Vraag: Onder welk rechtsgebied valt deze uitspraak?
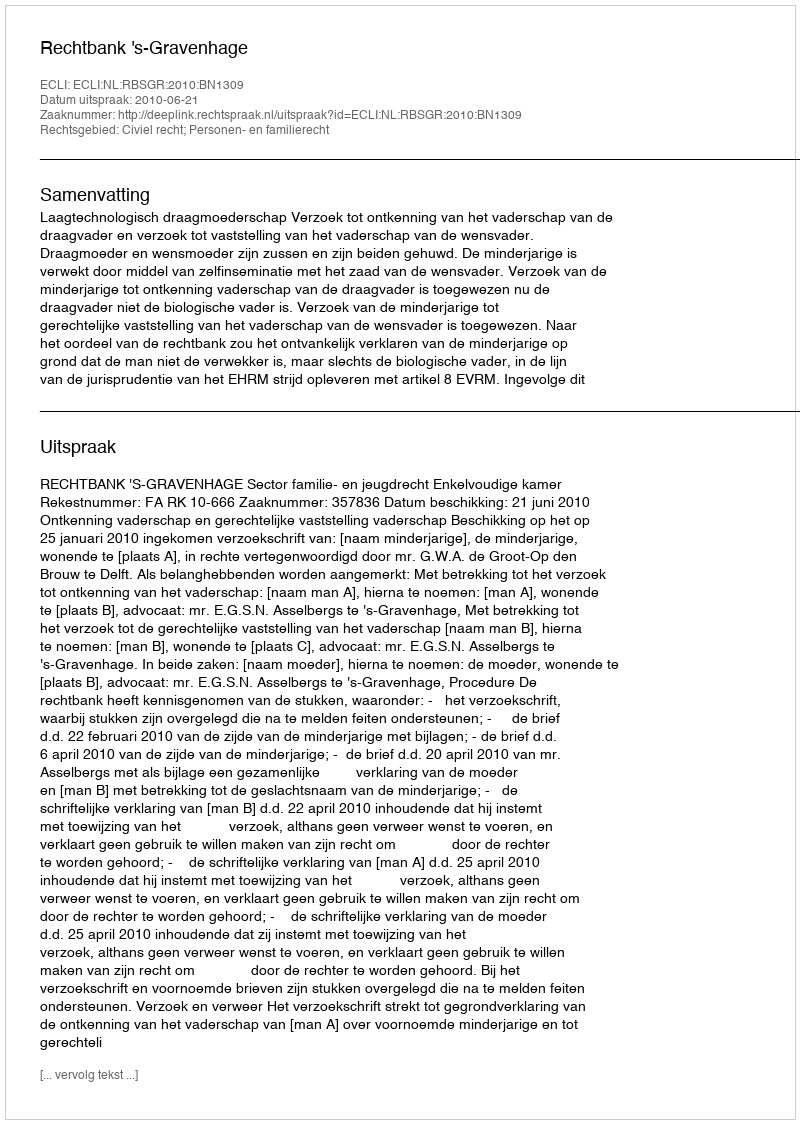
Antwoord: Civiel recht; Personen- en familierecht